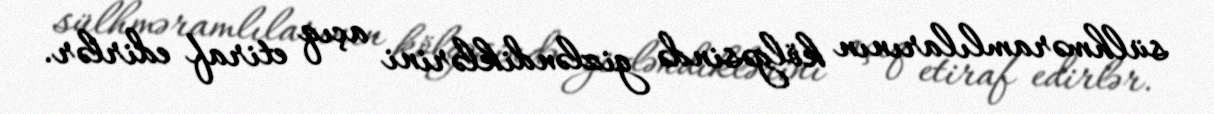
sülhməramlılarının kölgəsində gizləndiklərini açıq etiraf edirlər.